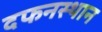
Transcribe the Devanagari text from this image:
दफनस्थान